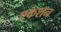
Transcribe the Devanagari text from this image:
एकशन